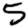
Digit: 5